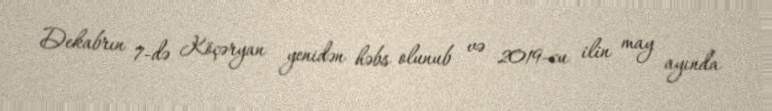
Dekabrın 7-də Köçəryan yenidən həbs olunub və 2019-cu ilin may ayında